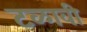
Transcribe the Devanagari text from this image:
टळावी